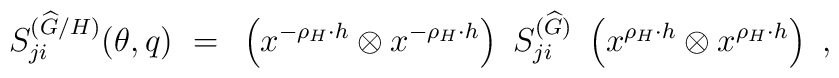
S^{({\widehat G}/H)}_{ji} (\theta, q) ~=~ \left(x^{-\rho_H \cdot h}\otimes x^{-\rho_H \cdot h} \right) ~ S^{({\widehat G})}_{ji} ~\left(x^{\rho_H \cdot h} \otimes x^{\rho_H \cdot h} \right) \ ,